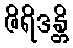
ဇိရိဒန္တိ